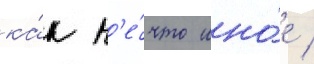
ка́к н'е́что ино́е /